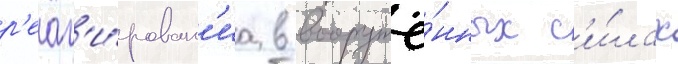
р'еаг'и́рован'иа в вооружё́нных с'и́лах